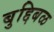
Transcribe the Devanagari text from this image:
बुद्दिबळ